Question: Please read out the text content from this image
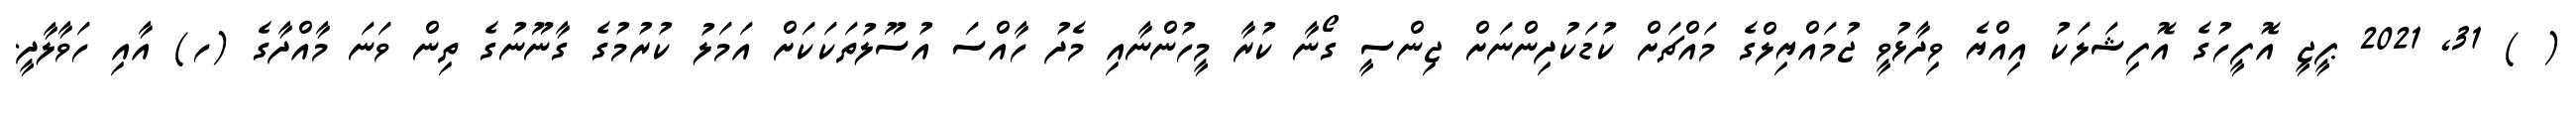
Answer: ( ) 31, 2021 ޕީޖީ އޮފީހުގެ އޮފިޝަލަކު އިއްޔެ ވިދާޅުވީ ޖުމައްޔިލްގެ މައްޗަށް ކުޑަކުދިންނަށް ޖިންސީ ގޯނާ ކުރާ މީހުންނާއި މެދު ހާއްސަ އުސޫލުތަކަކަށް އަމަލު ކުރުމުގެ ގާނޫނުގެ ތިން ވަނަ މާއްދާގެ (ހ) އާއި ހަވާލާދީ.